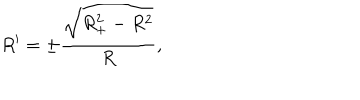
R ^ { \prime } = \pm \frac { \sqrt { R _ { + } ^ { 2 } - R ^ { 2 } } } { R } ,